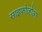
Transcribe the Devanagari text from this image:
साइफोजोआ